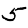
Digit: 5